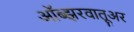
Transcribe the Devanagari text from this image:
ऑब्झरवातूअर